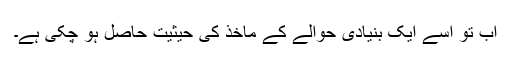
اب تو اسے ایک بنیادی حوالے کے ماخذ کی حیثیت حاصل ہو چکی ہے۔